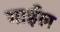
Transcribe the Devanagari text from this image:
गाईल